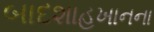
બાદશાહખાનના